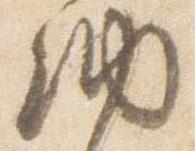
納